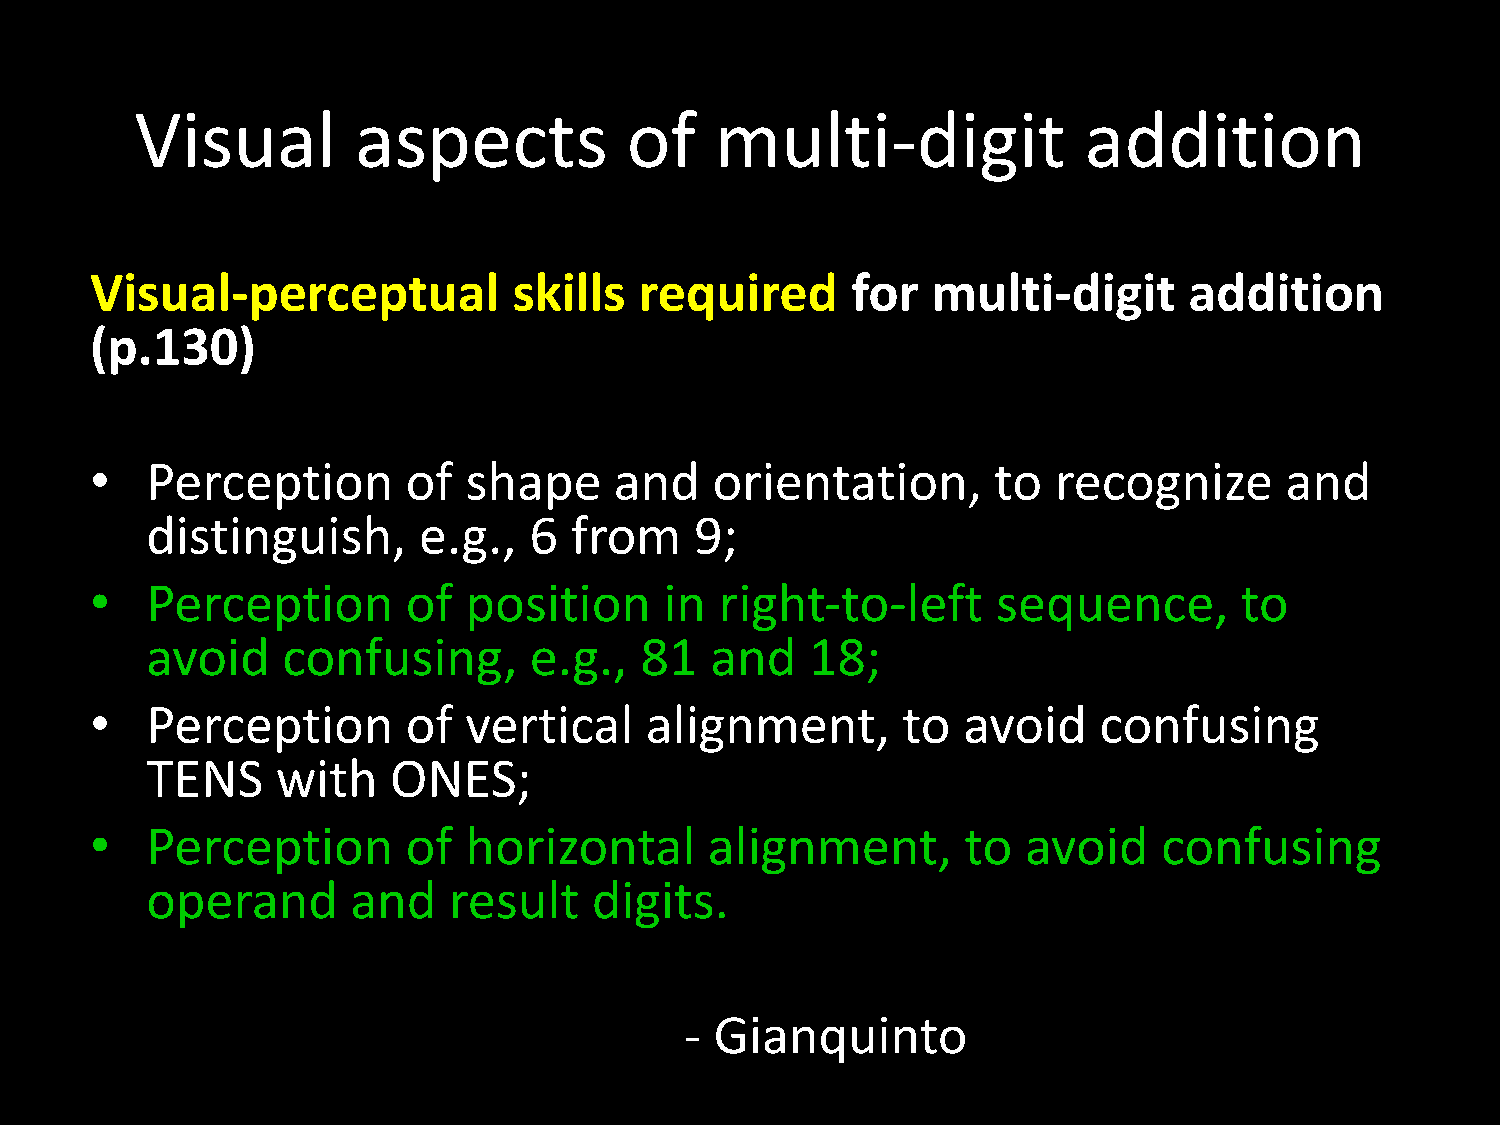
Visual        aspects           of    multi-digit              addition
 Visual-perceptual           skills  required      for   multi-digit      addition
 (p.130)
 Perception       of  shape     and   orientation,       to  recognize      and
 •
 distinguish,      e.g.,  6  from    9;
 •   Perception       of  position     in  right‐to‐left     sequence,       to
 avoid    confusing,      e.g.,  81   and    18;
 Perception       of  vertical    alignment,       to  avoid    confusing
 •
 TENS    with    ONES;
 Perception       of  horizontal      alignment,       to  avoid    confusing
 •
 operand      and    result   digits.
 - Gianquinto